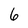
Character: 6